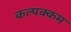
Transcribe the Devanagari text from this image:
कल्पक्कम